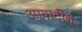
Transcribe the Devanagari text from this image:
आबादीत